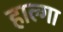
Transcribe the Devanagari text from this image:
हाल्गा